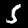
Digit: 5